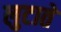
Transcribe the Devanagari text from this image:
लुटाते